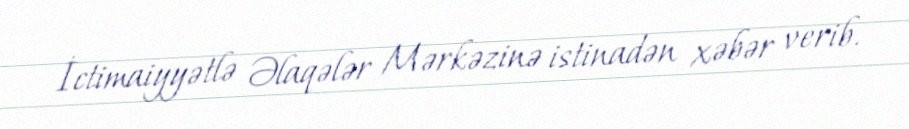
İctimaiyyətlə Əlaqələr Mərkəzinə istinadən xəbər verib.